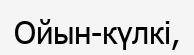
Ойын-күлкi,